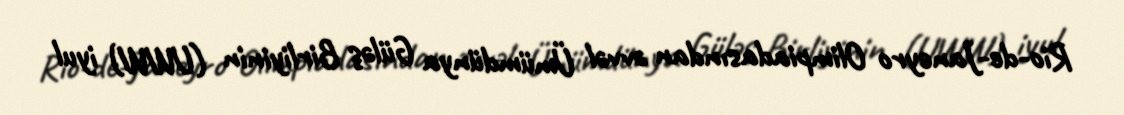
Rio-de-Janeyro Olimpiadasından əvvəl Ümümdünya Güləş Birliyinin (UWW) iyul